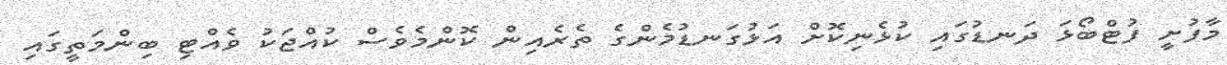
މާފުށީ ފުޓްބޯޅަ ދަނޑުގައި ކުޅެނިކޮށް އަޅުގަނޑުމެންގެ ތެރެއިން ކޮންމެވެސް ކުއްޖަކު ވެއްޓި ބިންމަތީގައި